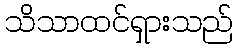
သိသာထင်ရှားသည်